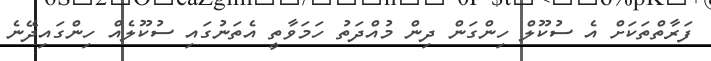
ފަރާތްތަކަށް އެ ސުކޫލް ހިންގަން ދިން މުއްދަތު ހަމަވާތީ އެތަނުގައި ސުކޫލެއް ހިންގައިދޭނެ